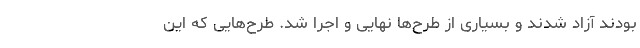
بودند آزاد شدند و بسیاری از طرح‌ها نهایی و اجرا شد. طرح‌هایی که این